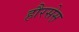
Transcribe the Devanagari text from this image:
हौरसेस़